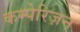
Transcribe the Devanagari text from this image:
कम्पेरिज़न